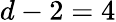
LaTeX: d-2=4